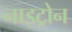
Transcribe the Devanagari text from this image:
नाइट्रोन